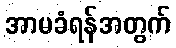
အာမခံရန်အတွက်